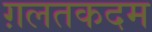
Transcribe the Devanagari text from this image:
ग़लतकदम